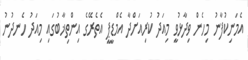
އެމަނިކުފާނު މިހެން ވިދާޅުވީ މިއަދު ކުރިއަށްދާ އެމްޑީޕީ އެތެރޭގެ އިންތިޚާބުގައި މިއަދު ހެނދުނު